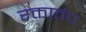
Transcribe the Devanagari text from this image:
रक्तातंच